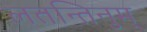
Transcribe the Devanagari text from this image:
लतन्तिनुम्